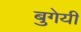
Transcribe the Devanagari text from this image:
बुगेयी